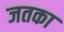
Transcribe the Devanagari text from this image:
जतका